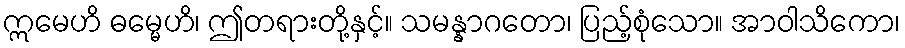
ဣမေဟိ ဓမ္မေဟိ၊ ဤတရားတို့နှင့်။ သမန္နာဂတော၊ ပြည့်စုံသော။ အာဝါသိကော၊